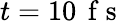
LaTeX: t=10\, \mathrm{~f~s~}